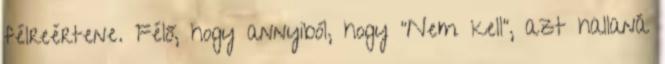
félreértene. Félő, hogy annyiból, hogy "Nem kell", azt hallaná